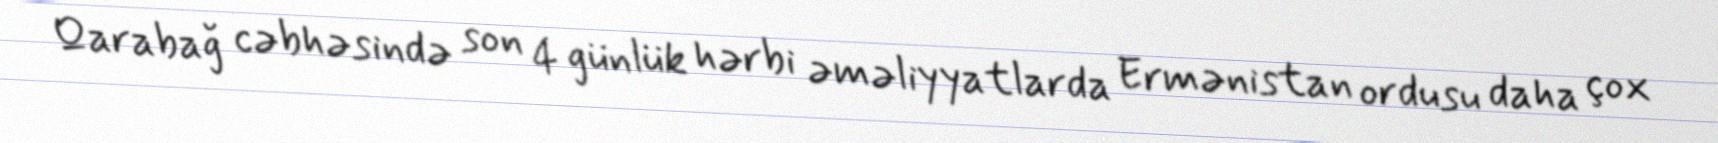
Qarabağ cəbhəsində son 4 günlük hərbi əməliyyatlarda Ermənistan ordusu daha çox